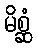
မိစ္ဆံ